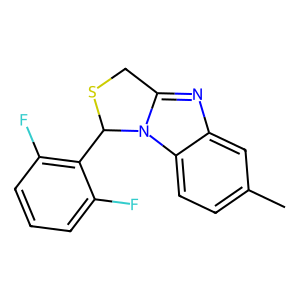
SMILES: Cc1ccc2c(c1)nc1n2C(c2c(F)cccc2F)SC1
Inhibits HIV replication: No